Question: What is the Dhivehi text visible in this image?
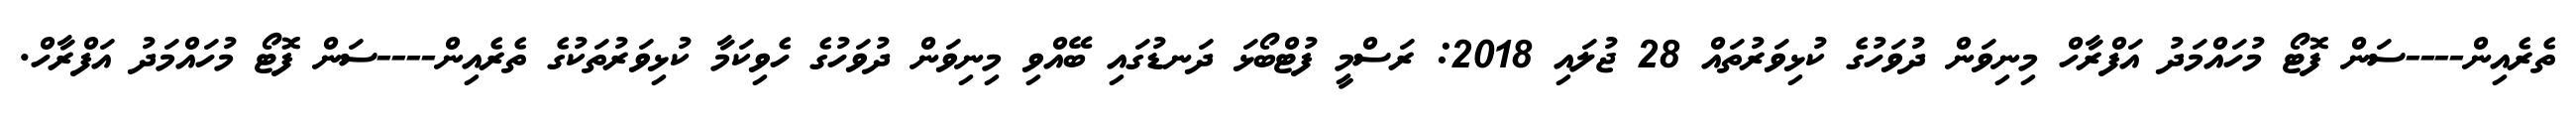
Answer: ތެރެއިން----ސަން ފޮޓޯ މުހައްމަދު އަފްރާހް މިނިވަން ދުވަހުގެ ކުޅިވަރުތައް 28 ޖުލައި 2018: ރަސްމީ ފުޓްބޯޅަ ދަނޑުގައި ބޭއްވި މިނިވަން ދުވަހުގެ ހެވިކަމާ ކުޅިވަރުތަކުގެ ތެރެއިން----ސަން ފޮޓޯ މުހައްމަދު އަފްރާހް.